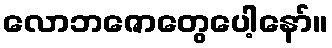
လောဘဇောတွေပေါ့နော်။